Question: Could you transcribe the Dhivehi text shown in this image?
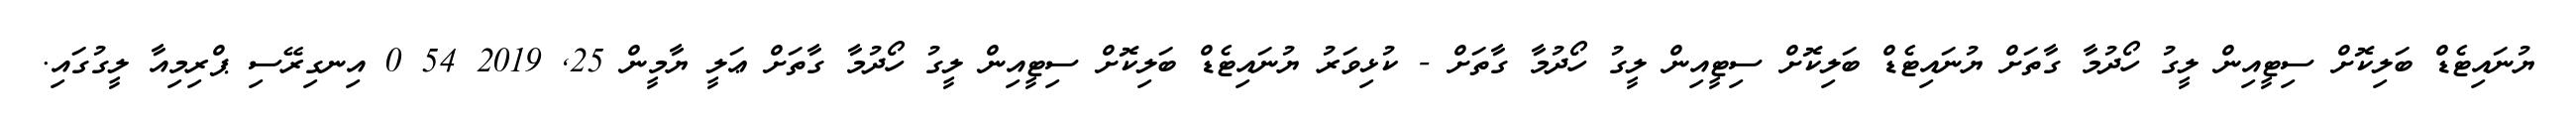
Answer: ޔުނައިޓެޑް ބަލިކޮށް ސިޓީއިން ލީގު ހޯދުމާ ގާތަށް ޔުނައިޓެޑް ބަލިކޮށް ސިޓީއިން ލީގު ހޯދުމާ ގާތަށް - ކުޅިވަރު ޔުނައިޓެޑް ބަލިކޮށް ސިޓީއިން ލީގު ހޯދުމާ ގާތަށް ޢަލީ ޔާމީން 25, 2019 54 0 އިނގިރޭސި ޕްރިމިއާ ލީގުގައި.